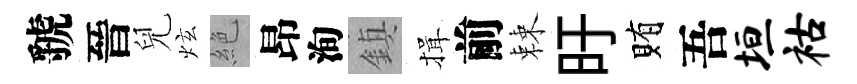
虢晉兒炫絶昂洵鎮揖前棘旴賄吾垣祜